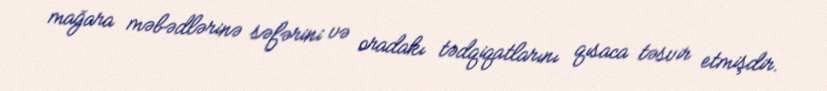
mağara məbədlərinə səfərini və oradakı tədqiqatlarını qısaca təsvir etmişdir.